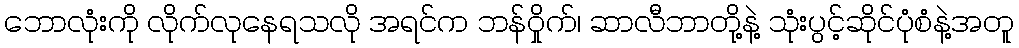
ဘောလုံးကို လိုက်လုနေရသလို အရင်က ဘန်ဝှိုက်၊ ဆာလီဘာတို့နဲ့ သုံးပွင့်ဆိုင်ပုံစံနဲ့အတူ